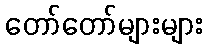
တော်တော်များများ